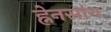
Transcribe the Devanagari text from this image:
ह्नेनसांग